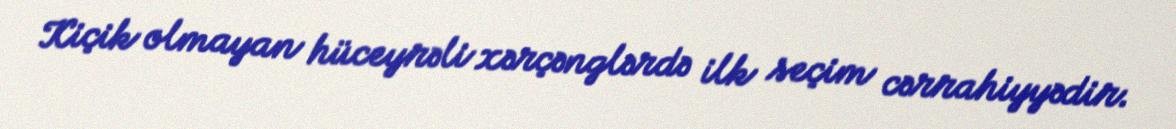
Kiçik olmayan hüceyrəli xərçənglərdə ilk seçim cərrahiyyədir.